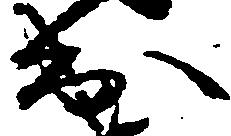
出